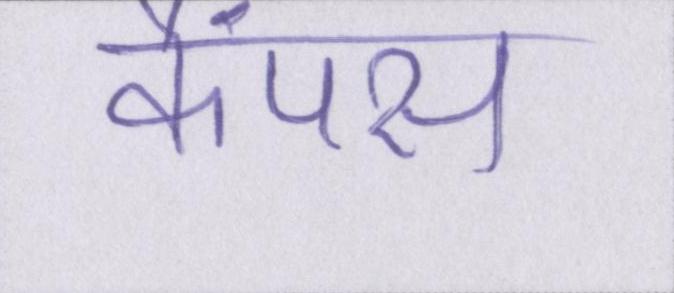
कैंपस